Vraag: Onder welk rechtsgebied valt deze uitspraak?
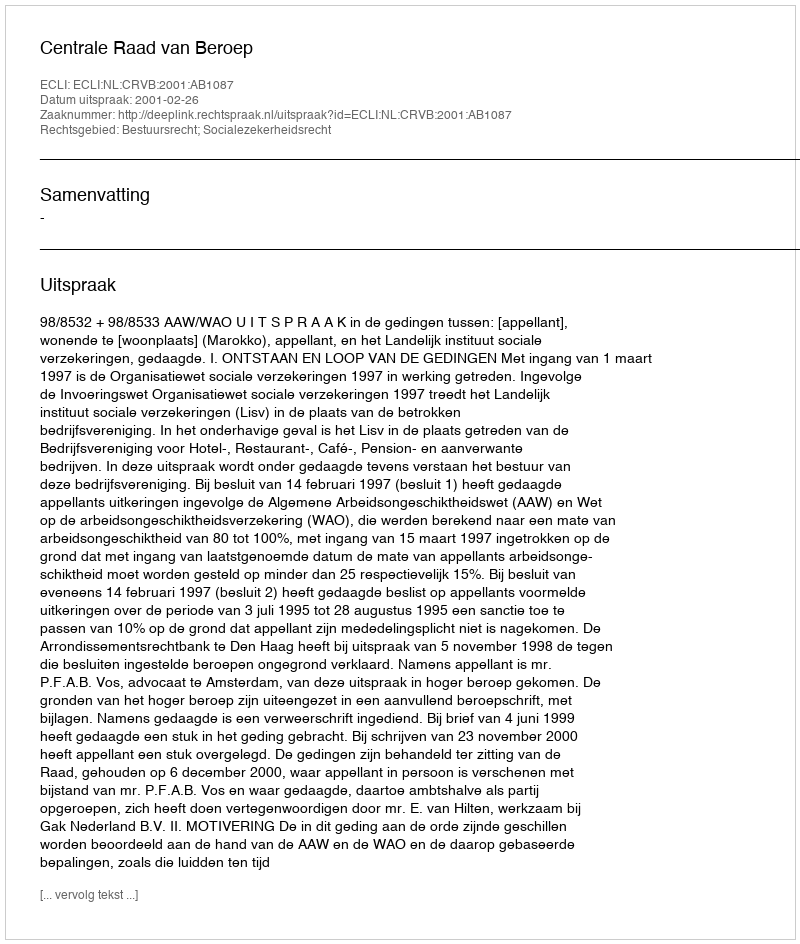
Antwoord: Bestuursrecht; Socialezekerheidsrecht